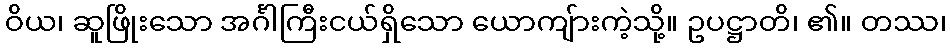
ဝိယ၊ ဆူဖြိုးသော အင်္ဂါကြီးငယ်ရှိသော ယောကျ်ားကဲ့သို့။ ဥပဋ္ဌာတိ၊ ၏။ တဿ၊